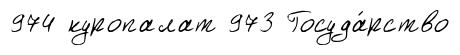
974 куропалат 973 Госуда́рство